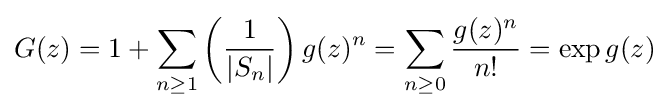
G(z)=1+\sum _{n\geq 1}\left({\frac {1}{|S_{n}|}}\right)g(z)^{n}=\sum _{n\geq 0}{\frac {g(z)^{n}}{n!}}=\exp g(z)